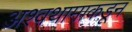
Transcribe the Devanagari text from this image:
अश्वथामाकडून